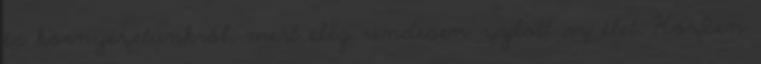
és környezetünkről, mert elég rendesen zajlott az élet. Közben